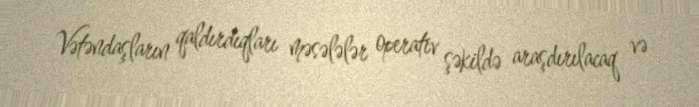
Vətəndaşların qaldırdıqları məsələlər operativ şəkildə araşdırılacaq və